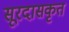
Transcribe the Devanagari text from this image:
सूरदासकृत